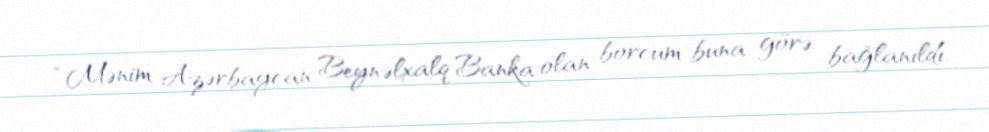
“Mənim Azərbaycan Beynəlxalq Banka olan borcum buna görə bağlanıldı.